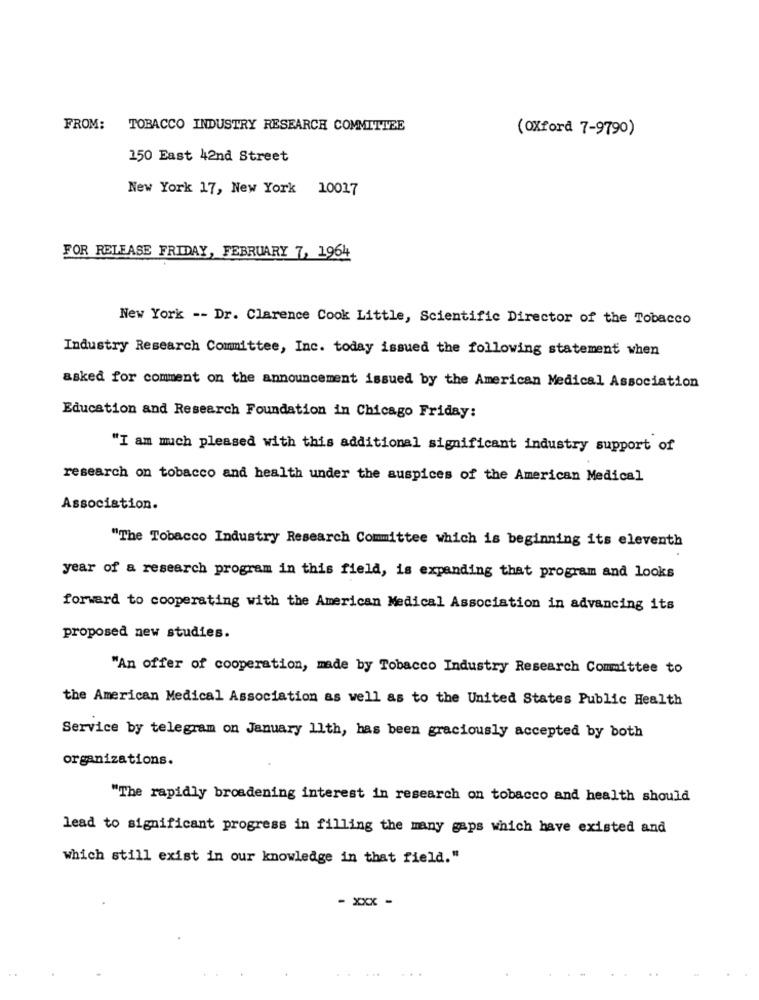
FROM: TOBACCO INDUSTRY RESEARCH COMMITTEE
(Oxford 7-9790)
150 East 42nd Street
New York 17, New York 10017
FOR RELEASE FRIDAY, FEBRUARY 7, 1964
New York -- Dr. Clarence Cook Little, Scientific Director of the Tobacco
Industry Research Committee, Inc. today issued the following statement when
asked for comment on the announcement issued by the American Medical Association
Education and Research Foundation in Chicago Friday:
"I am much pleased with this additional significant industry support of
research on tobacco and health under the auspices of the American Medical
Association.
"The Tobacco Industry Research Committee which is beginning its eleventh
year of a research program in this field, is expanding that program and looks
forward to cooperating with the American Medical Association in advancing its
proposed new studies.
"An offer of cooperation, made by Tobacco Industry Research Committee to
the American Medical Association as well as to the United States Public Health
Service by telegram on January 11th, has been graciously accepted by both
organizations.
"The rapidly broadening interest in research on tobacco and health should
lead to significant progress in filling the many gaps which have existed and
which still exist in our knowledge in that field."
- xxx -
. . .